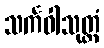
သင်္ကဝါသုတ္တံ